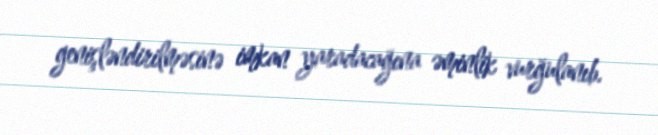
genişləndirilməsinə imkan yaradacağına əminlik vurğulanıb.